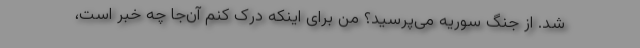
شد. از جنگ سوریه می‌پرسید؟ من برای اینکه درک کنم آن‌جا چه خبر است،